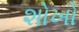
શોખો